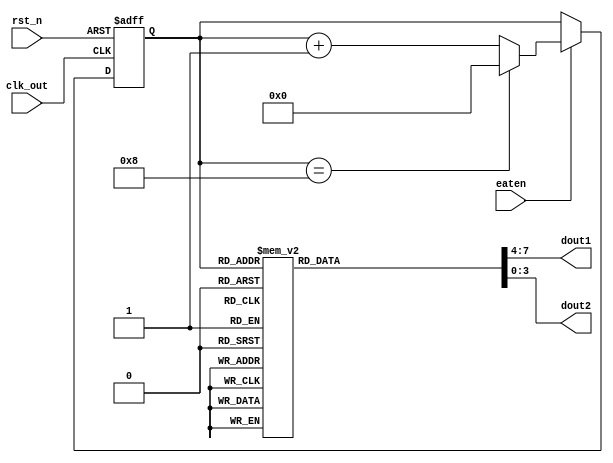


module random(// Inputs
	      clk_out, rst_n, eaten,
	      // Outputs
	      dout1, dout2
	      );

   input        clk_out;
   input 	rst_n;
   input 	eaten;

   output [3:0] dout1;
   output [3:0] dout2;

   reg [3:0]		dout1;
   reg [3:0]		dout2;
   // End of automatics

   reg [3:0] 	count;

	wire 	clk;
   assign clk = clk_out;
   
   always @(posedge clk or negedge rst_n)
     begin
	if(!rst_n)
	  count <= 'd0;
	else if(eaten)
	  begin
	     if(count == 'd8)
	       count <= 'd0;
	     else
	       count <= count + 1;
	  end
	else ;
     end // always @ (posedge clk or negedge rst_n)

   always @(count)
     begin
	case(count)
	  0: {dout1,dout2}=8'hb2;
	  1: {dout1,dout2}=8'h78;
	  2: {dout1,dout2}=8'hea;
	  3: {dout1,dout2}=8'h34;
	  4: {dout1,dout2}=8'h73;
	  5: {dout1,dout2}=8'h41;
	  6: {dout1,dout2}=8'h12;
	  7: {dout1,dout2}=8'h58;
	  8: {dout1,dout2}=8'h74;
	  default:{dout1,dout2}=8'h4b;
	endcase // case (count)
     end // always @ (count)

endmodule // random